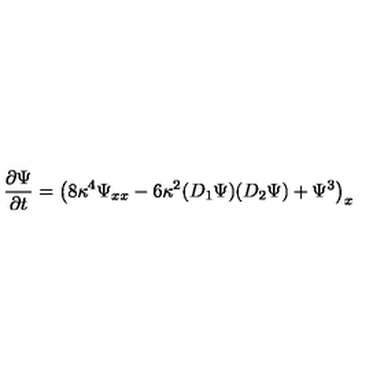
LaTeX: { \frac { \partial \Psi } { \partial t } } = \left( 8 \kappa ^ { 4 } \Psi _ { x x } - 6 \kappa ^ { 2 } ( D _ { 1 } \Psi ) ( D _ { 2 } \Psi ) + \Psi ^ { 3 } \right) _ { x }